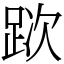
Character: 𨀥